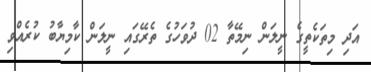
އަދި މިތަކެތީގެ ނީލަން ނިމޭތާ 02 ދުވަހުގެ ތެރޭގައި ނީލަން ކާމިޔާބު ކުރެއްވި